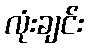
လုံးချင်း